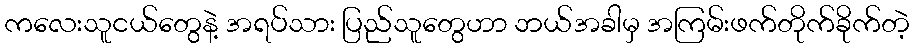
ကလေးသူငယ်တွေနဲ့ အရပ်သား ပြည်သူတွေဟာ ဘယ်အခါမှ အကြမ်းဖက်တိုက်ခိုက်တဲ့